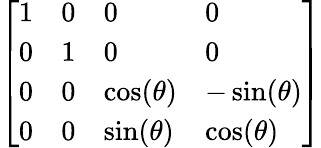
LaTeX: \left[\begin{array}{llll}{1}&{0}&{0}&{0}\\ {0}&{1}&{0}&{0}\\ {0}&{0}&{\cos(\theta)}&{-\sin(\theta)}\\ {0}&{0}&{\sin(\theta)}&{\cos(\theta)}\end{array}\right]